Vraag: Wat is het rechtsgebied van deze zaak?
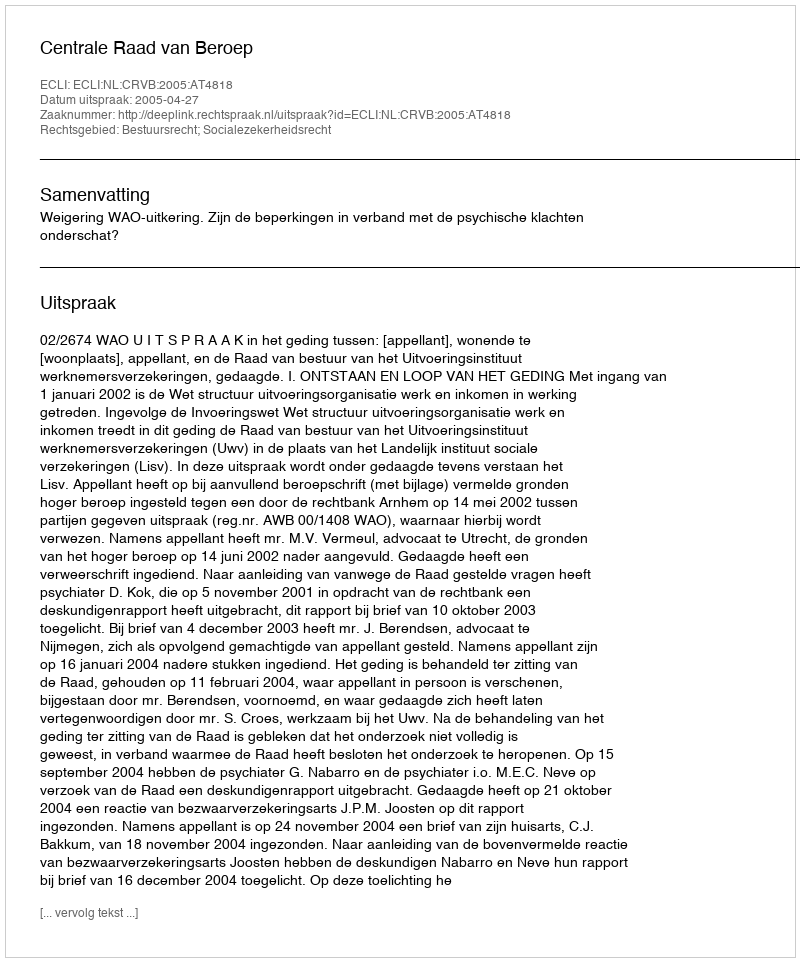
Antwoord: Bestuursrecht; Socialezekerheidsrecht